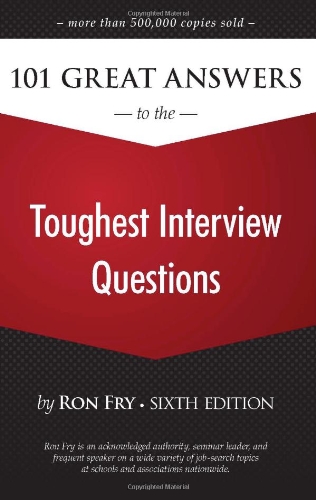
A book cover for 101 Great Answers to the Toughest Interview Questions; Ron Fry; Business & Money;